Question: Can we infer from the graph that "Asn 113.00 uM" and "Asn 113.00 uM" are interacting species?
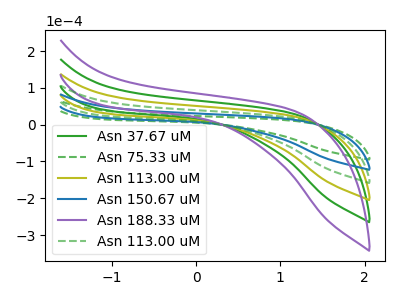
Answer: <think>The green curve "Asn 37.67 uM" has no peaks. The green dashed curve "Asn 75.33 uM" has no peaks. The olive curve "Asn 113.00 uM" has no peaks. The blue curve "Asn 150.67 uM" has no peaks. The purple curve "Asn 188.33 uM" has no peaks. The green dashed curve "Asn 113.00 uM" has no peaks.
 Neither "Asn 113.00 uM" or "Asn 113.00 uM" have any peaks.</think>
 <answer>No, "Asn 113.00 uM" and "Asn 113.00 uM" don't appear to be significantly different in shape</answer>
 <eval>no_change</eval>